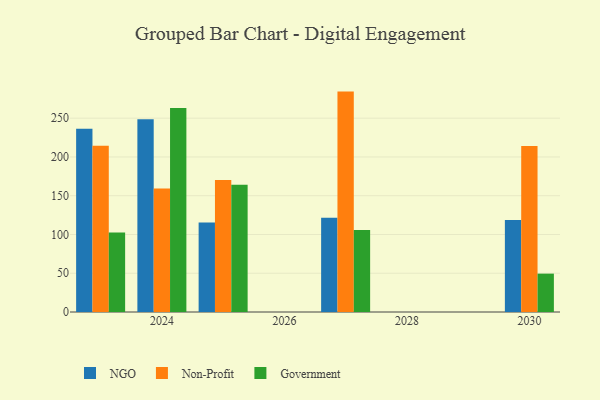
{"axis": {"x": "Year", "y": "Headcount"}, "legend": ["Government", "NGO", "Non-Profit"], "data": [{"x": "2025", "y": 115.6, "type": "NGO"}, {"x": "2025", "y": 170.3, "type": "Non-Profit"}, {"x": "2025", "y": 164.3, "type": "Government"}, {"x": "2027", "y": 121.7, "type": "NGO"}, {"x": "2027", "y": 284.3, "type": "Non-Profit"}, {"x": "2027", "y": 105.9, "type": "Government"}, {"x": "2024", "y": 248.5, "type": "NGO"}, {"x": "2024", "y": 159.4, "type": "Non-Profit"}, {"x": "2024", "y": 263.1, "type": "Government"}, {"x": "2030", "y": 118.6, "type": "NGO"}, {"x": "2030", "y": 214.2, "type": "Non-Profit"}, {"x": "2030", "y": 49.5, "type": "Government"}, {"x": "2023", "y": 236.4, "type": "NGO"}, {"x": "2023", "y": 214.5, "type": "Non-Profit"}, {"x": "2023", "y": 102.7, "type": "Government"}]}